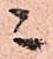
ニ